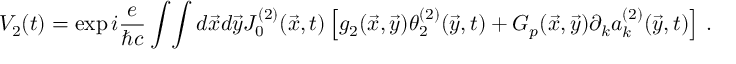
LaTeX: V _ { 2 } ( t ) = \exp i { \frac { e } { \hbar c } } \int \! \int d \vec { x } d \vec { y } J _ { 0 } ^ { ( 2 ) } ( \vec { x } , t ) \left[ g _ { 2 } ( \vec { x } , \vec { y } ) { \theta _ { 2 } ^ { ( 2 ) } ( \vec { y } , t ) } + G _ { p } ( \vec { x } , \vec { y } ) \partial _ { k } a _ { k } ^ { ( 2 ) } ( \vec { y } , t ) \right] \, .